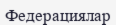
Федерациялар